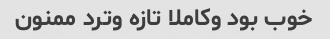
خوب بود وکاملا تازه وترد ممنون